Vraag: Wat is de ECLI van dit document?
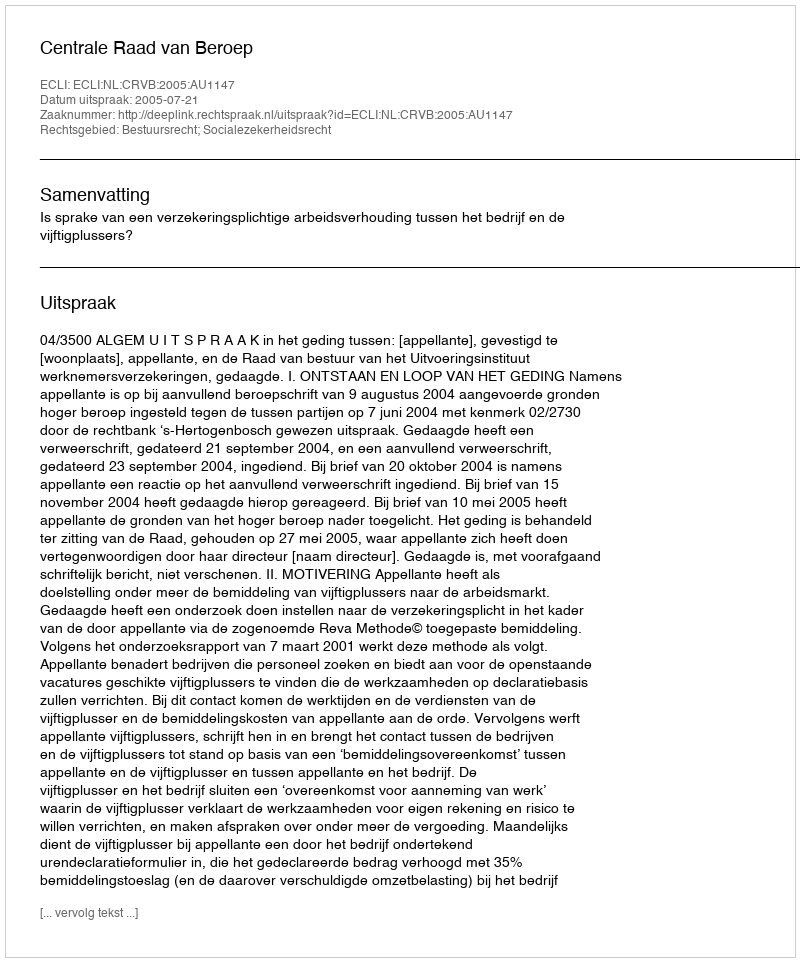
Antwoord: ECLI:NL:CRVB:2005:AU1147